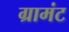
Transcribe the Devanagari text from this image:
ग्रामंट